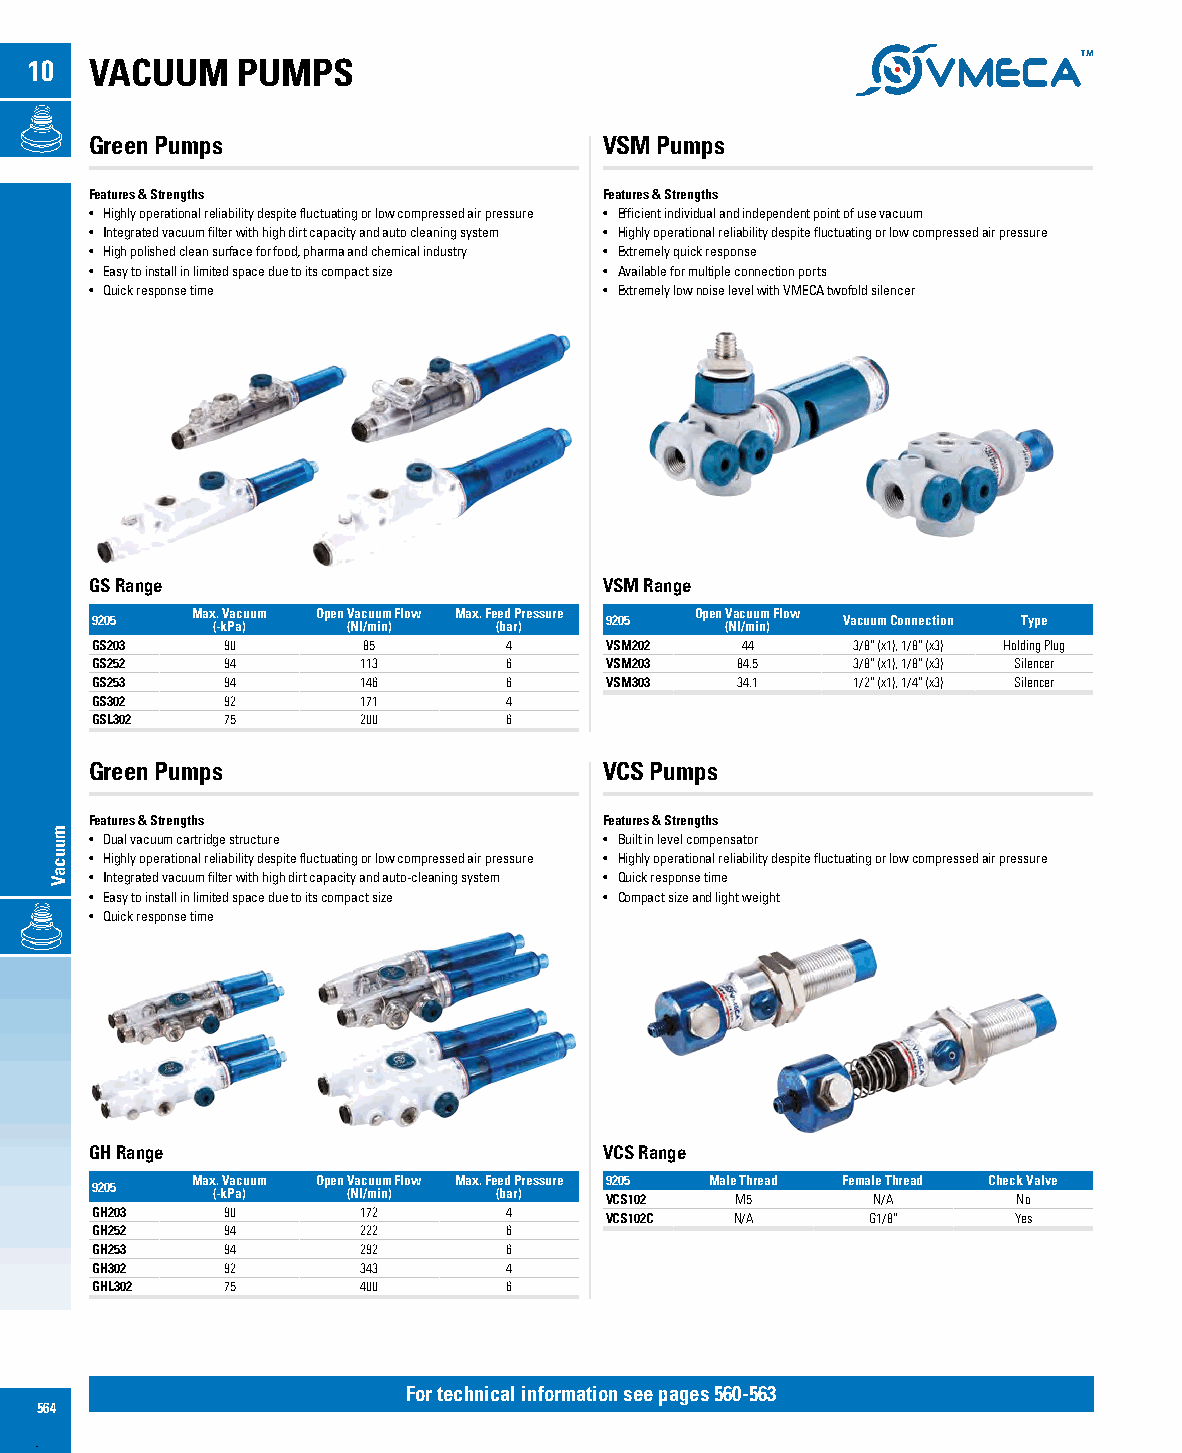
10  VACUUM    PUMPS
 Green Pumps                       VSM Pumps
 Features & Strengths              Features & Strengths
 • Highly operational reliability despite fluctuating or low compressed air pressure • Efficient individual and independent point of use vacuum
 • Integrated vacuum filter with high dirt capacity and auto cleaning system • Highly operational reliability despite fluctuating or low compressed air pressure
 • High polished clean surface for food, pharma and chemical industry • Extremely quick response
 • Easy to install in limited space due to its compact size • Available for multiple connection ports
 • Quick response time             • Extremely low noise level with VMECA twofold silencer
 GS Range                          VSM Range
 9205   Max (. - kV Pa ac )uum Open (V Na Ic /muu inm ) Flow Max. Fe (e bd a rP )ressure 9205 Open (V Na lc /muu inm ) Flow Vacuum Connection Type
 GS203    90       85       4      VSM202   44     3/8” (x1), 1/8” (x3) Holding Plug
 GS252    94       113      6      VSM203   84.5   3/8” (x1), 1/8” (x3) Silencer
 GS253    94       146      6      VSM303   34.1   1/2” (x1), 1/4” (x3) Silencer
 GS302    92       171      4
 GSL302   75       200      6
 Green Pumps                       VCS Pumps
 Features & Strengths              Features & Strengths
 • Dual vacuum cartridge structure • Built in level compensator
 • Highly operational reliability despite fluctuating or low compressed air pressure • Highly operational reliability despite fluctuating or low compressed air pressure
 • Integrated vacuum filter with high dirt capacity and auto-cleaning system • Quick response time
 • Easy to install in limited space due to its compact size • Compact size and light weight
 • Quick response time
 GH Range                          VCS Range
 9205   Max (. - kV Pa ac )uum Open (V Na Ic /muu inm ) Flow Max. Fe (e bd a rP )ressure 9 V2 C0 S5 102 Male M T 5hread Femal Ne / T Ahread Chec Nk oValve
 GH203    90       172      4      VCS102C  N/A     G1/8”     Yes
 GH252    94       222      6
 GH253    94       292      6
 GH302    92       343      4
 GHL302   75       400      6
 For technical information see pages 560-563
 564
 muucaV